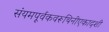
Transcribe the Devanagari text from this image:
संयमपूर्वकवरूथिनीएकादशी